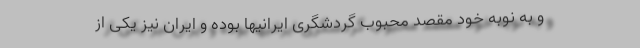
و به نوبه خود مقصد محبوب گردشگری ایرانیها بوده و ایران نیز یکی از